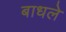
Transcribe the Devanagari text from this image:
बाधले